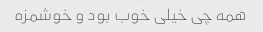
همه چی خیلی خوب بود و خوشمزه